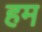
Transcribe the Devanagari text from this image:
हम